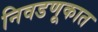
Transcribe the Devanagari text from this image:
निवडणूकात